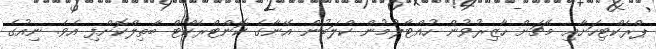
ޕްރެކްޓިހަށާއި މެޗަށް ހާޒިރުވުން ހުއްޓާލުމުން ކްލަބުން އޭނާގެ ކޮންޓްރެކްޓް ބާތިލްކޮށްފި އެވެ. ނިއުގެ